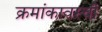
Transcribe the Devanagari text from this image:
क्रमांकावरची